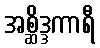
အစ္ဆိဒ္ဒကာရီ